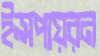
ইন্সপায়রন